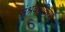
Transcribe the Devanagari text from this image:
संश्रवणक्रिया